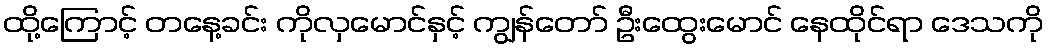
ထို့ကြောင့် တနေ့ခင်း ကိုလှမောင်နှင့် ကျွန်တော် ဦးထွေးမောင် နေထိုင်ရာ ဒေသကို